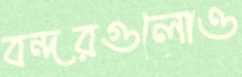
বন্দরগুলোও